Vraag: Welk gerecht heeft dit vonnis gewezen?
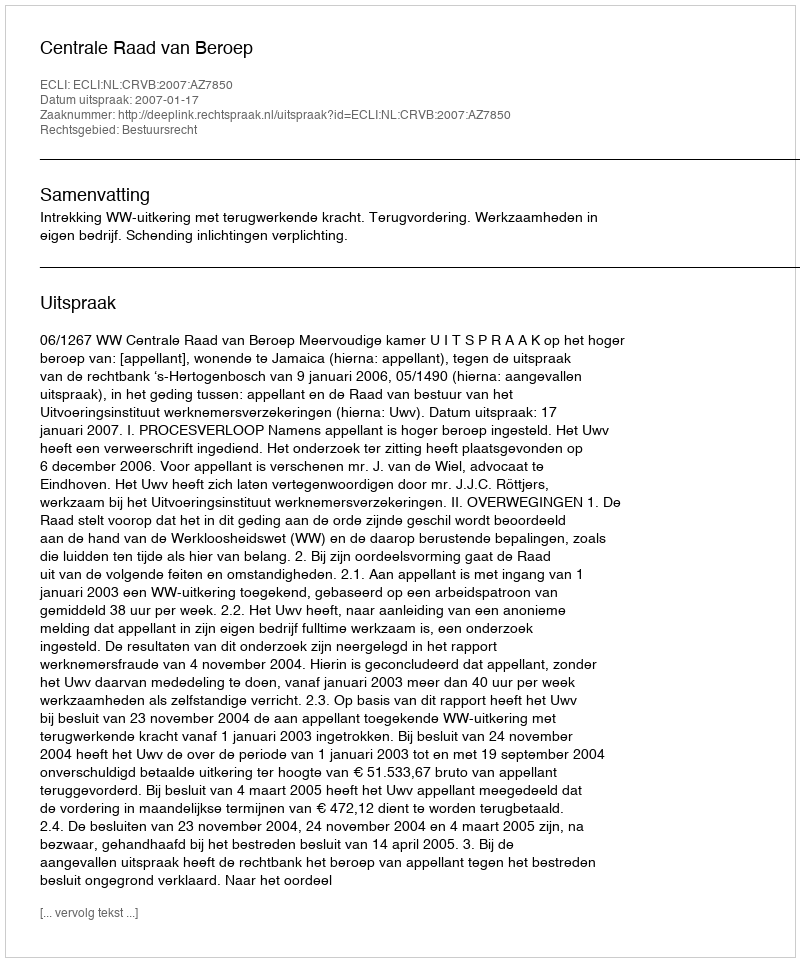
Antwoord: Centrale Raad van Beroep